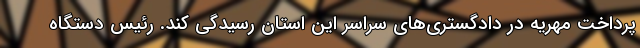
پرداخت مهریه در دادگستری‌های سراسر این استان رسیدگی کند. رئیس دستگاه